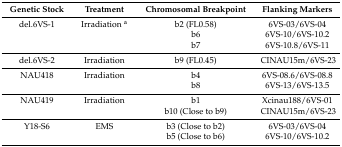
<table><thead><tr><td><b>Genetic Stock</b></td><td><b>Treatment</b></td><td><b>Chromosomal Breakpoint</b></td><td><b>Flanking Markers</b></td></tr></thead><tbody><tr><td>del.6VS-1</td><td>Irradiation <sup>a</sup></td><td>b2 (FL0.58)</td><td>6VS-03/6VS-04</td></tr><tr><td></td><td></td><td>b6</td><td>6VS-10/6VS-10.2</td></tr><tr><td></td><td></td><td>b7</td><td>6VS-10.8/6VS-11</td></tr><tr><td>del.6VS-2</td><td>Irradiation</td><td>b9 (FL0.45)</td><td>CINAU15m/6VS-23</td></tr><tr><td>NAU418</td><td>Irradiation</td><td>b4</td><td>6VS-08.6/6VS-08.8</td></tr><tr><td></td><td></td><td>b8</td><td>6VS-13/6VS-13.5</td></tr><tr><td>NAU419</td><td>Irradiation</td><td>b1</td><td>Xcinau188/6VS-01</td></tr><tr><td></td><td></td><td>b10 (Close to b9)</td><td>CINAU15m/6VS-23</td></tr><tr><td>Y18-S6</td><td>EMS</td><td>b3 (Close to b2)</td><td>6VS-03/6VS-04</td></tr><tr><td></td><td></td><td>b5 (Close to b6)</td><td>6VS-10/6VS-10.2</td></tr></tbody></table>